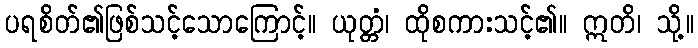
ပရစိတ်၏ဖြစ်သင့်သောကြောင့်။ ယုတ္တံ၊ ထိုစကားသင့်၏။ ဣတိ၊ သို့။